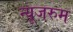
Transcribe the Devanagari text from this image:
न्यूजरुम